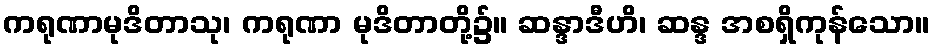
ကရုဏာမုဒိတာသု၊ ကရုဏာ မုဒိတာတို့၌။ ဆန္ဒာဒီဟိ၊ ဆန္ဒ အစရှိကုန်သော။